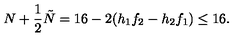
N + \frac { 1 } { 2 } \tilde { N } = 1 6 - 2 ( h _ { 1 } f _ { 2 } - h _ { 2 } f _ { 1 } ) \leq 1 6 .